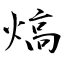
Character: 熇